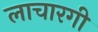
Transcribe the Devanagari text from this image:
लाचारगी